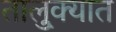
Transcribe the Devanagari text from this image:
तालु्क्यात